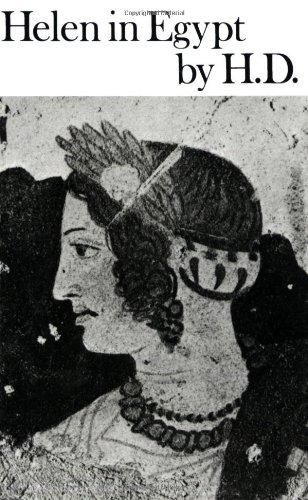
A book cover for Helen in Egypt: Poetry (New Directions Paperbook); Hilda Doolittle; Travel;